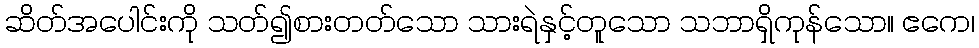
ဆိတ်အပေါင်းကို သတ်၍စားတတ်သော သားရဲနှင့်တူသော သဘာရှိကုန်သော။ ဧကေ၊